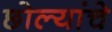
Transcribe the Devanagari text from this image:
छोल्यांचे